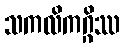
သကလိကဂ္ဂိဿ